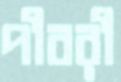
পীবরী